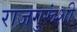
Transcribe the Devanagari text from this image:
राजगुरूंशी